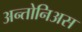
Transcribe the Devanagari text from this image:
अन्तोनिअस